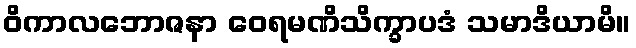
ဝိကာလဘောဇနာ ဝေရမဏိသိက္ခာပဒံ သမာဒိယာမိ။